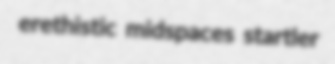
erethistic midspaces startler